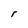
Character: r